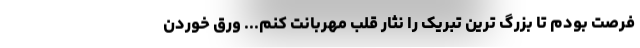
فرصت بودم تا بزرگ ترین تبریک را نثار قلب مهربانت کنم... ورق خوردن